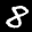
Label: 8